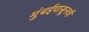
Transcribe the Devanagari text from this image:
मुंबईपासूनची